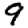
Digit: 9